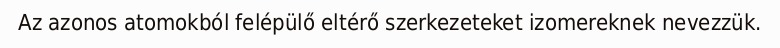
Az azonos atomokból felépülő eltérő szerkezeteket izomereknek nevezzük.